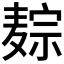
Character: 𪎏